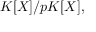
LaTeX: K [ X ] / p K [ X ] ,